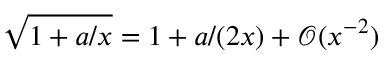
\sqrt { 1 + a / x } = 1 + a / ( 2 x ) + \mathcal O ( x ^ { - 2 } )